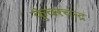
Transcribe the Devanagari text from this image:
कुंवरचन्द्र